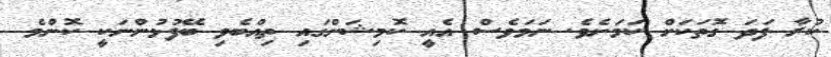
ކުރާ ފަދަ ގޮތަކަށް ކަމަށެވެ. ނަމަވެސް އެއީ ކޮމިޝަންގައި ތިއްބެވި ބޭފުޅުންނަކީ ކޮންމެ